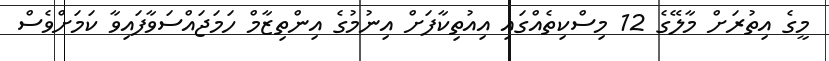
މީގެ އިތުރަށް މާލޭގެ 12 މިސްކިތެއްގައި އިއުތިކާފަށް އިނުމުގެ އިންތިޒާމް ހަމަޖައްސަވާފައިވާ ކަމަށްވެސް